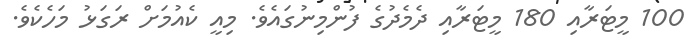
100 މީޓަރާއި 180 މީޓަރާއި ދެމެދުގެ ފުންމިނުގައެވެ. މިއީ ކެއުމަށް ރަގަޅު މަހެކެވެ.